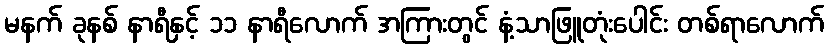
မနက် ခုနစ် နာရီနှင့် ၁၁ နာရီလောက် အကြားတွင် နံ့သာဖြူတုံးပေါင်း တစ်ရာလောက်